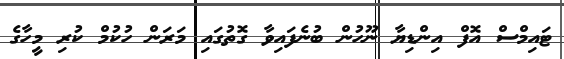
ޓައިމްސް އޮފް އިންޑިޔާ ނޫހުން ބުނެފައިވާ ގޮތުގައި މަރަން ހުކުމް ކުރި މީހާގެ